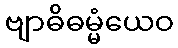
ဗျာဓိဓမ္မံယေဝ